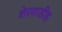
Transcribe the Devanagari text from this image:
शेरवाडीह